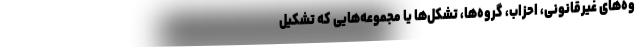
وه‌های غیرقانونی، احزاب، گروه‌ها، تشکل‌ها یا مجموعه‌هایی که تشکیل